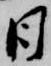
日